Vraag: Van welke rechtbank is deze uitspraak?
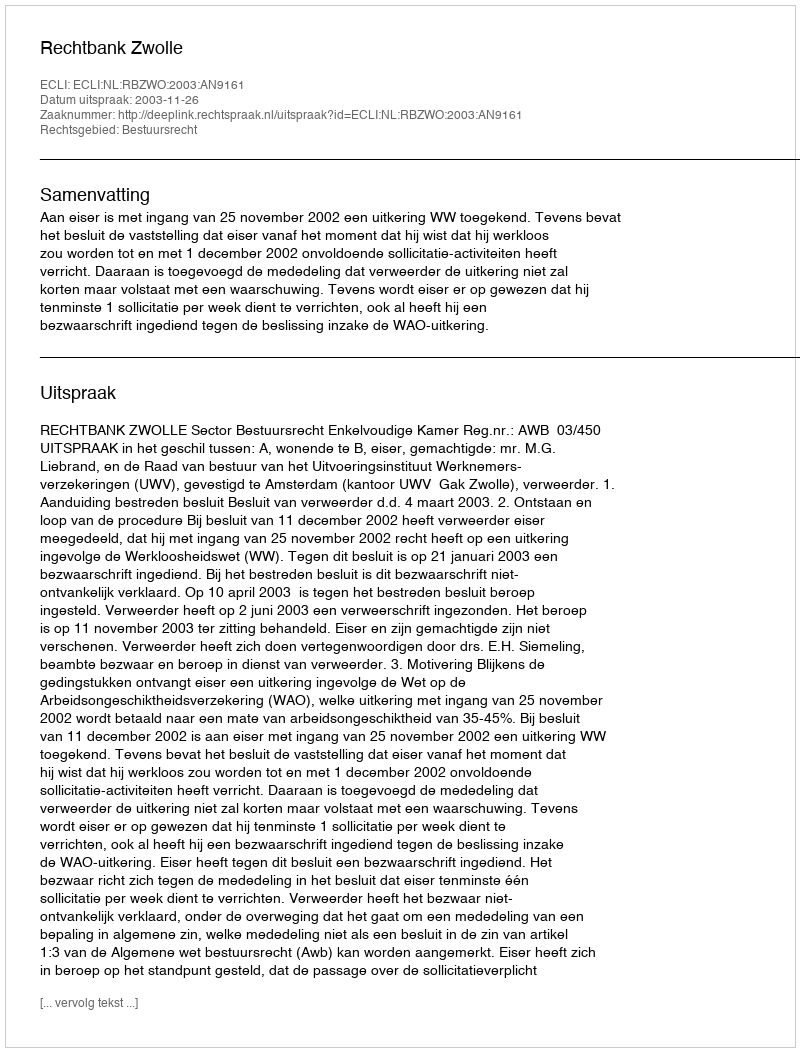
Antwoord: Rechtbank Zwolle